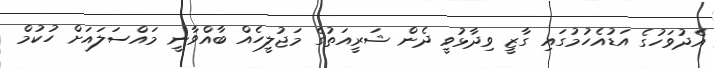
އެދުވަހުގެ އަޑުއެހުމުގައި ގާޒީ ވިދާޅުވީ ދެން ޝަރީއަތުގެ މަޖުލީހެއް ބާއްވާނީ މައްސަލައަށް ހުކުމް